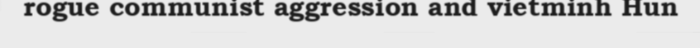
rogue communist aggression and vietminh Hun